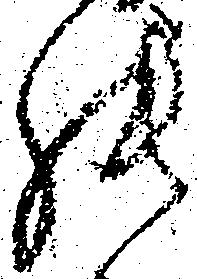
張